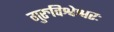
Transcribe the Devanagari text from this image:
गुरुविश्वेश्वरः